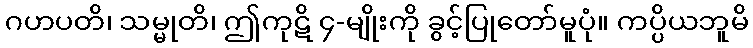
ဂဟပတိ၊ သမ္မုတိ၊ ဤကုဋိ ၄-မျိုးကို ခွင့်ပြုတော်မူပုံ။ ကပ္ပိယဘူမိ